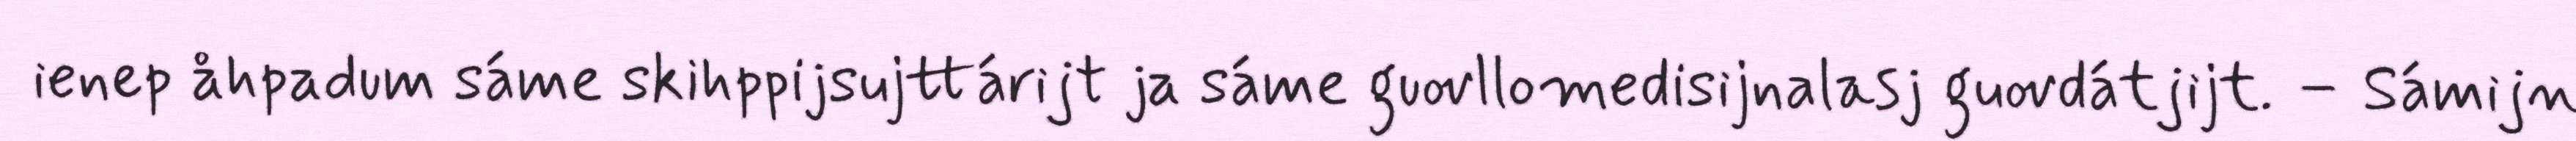
ienep åhpadum sáme skihppijsujttárijt ja sáme guovllomedisijnalasj guovdátjijt. – Sámijn